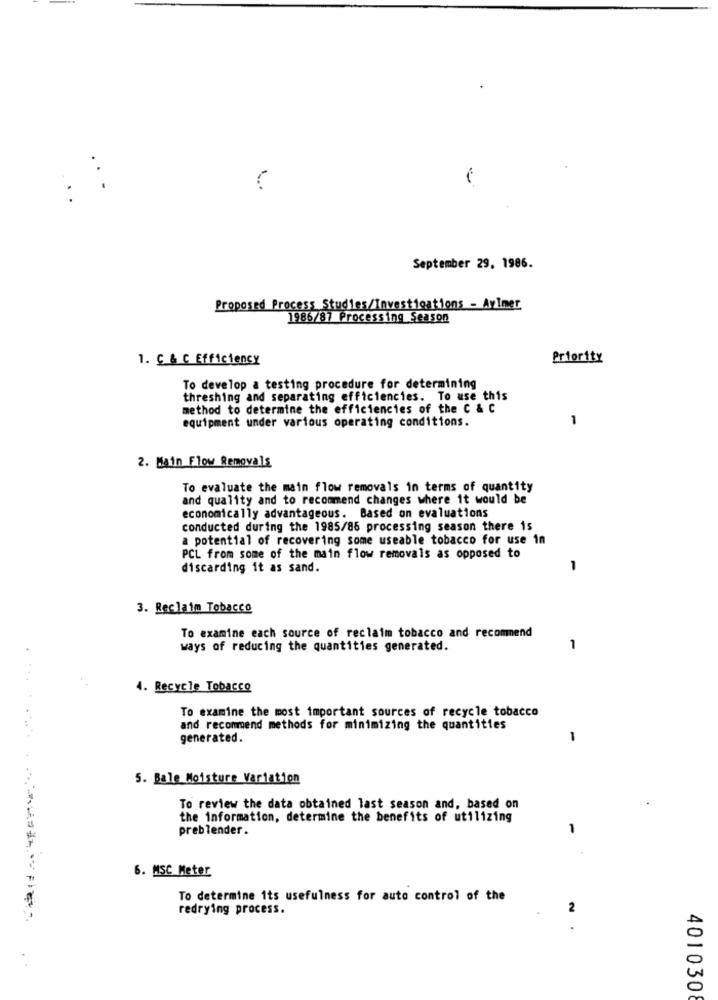
.
September 29, 1986.
Proposed Process Studies/Investigations - Aviner
1986/87 Processing Season
1. C & C Efficiency
Priority
To develop a testing procedure for determining
threshing and separating efficiencies. To use this
method to determine the efficiencies of the C & C
equipment under various operating conditions.
1
2. Main Flow Removals
To evaluate the main flow removals in terms of quantity
and quality and to recommend changes where it would be
economically advantageous. Based on evaluations
conducted during the 1985/86 processing season there is
a potential of recovering some useable tobacco for use in
PCL from some of the main flow removals as opposed to
discarding it as sand.
1
3. Reclaim Tobacco
To examine each source of reclaim tobacco and recommend
ways of reducing the quantities generated.
1
4. Recycle Tobacco
To examine the most important sources of recycle tobacco
and recommend methods for minimizing the quantities
generated.
5. Bale Moisture Variation
To review the data obtained last season and, based on
the information, determine the benefits of utilizing
preblender .
1
6. MSC Meter
To determine its usefulness for auto control of the
redrying process.
2
****=========
. .
4010308